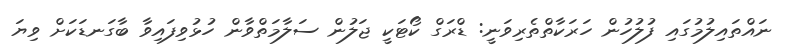
ނައްތައިލުމުގައި ފުލުހުން ހަރަކާތްތެރިވަނީ: ޑްރަގް ކޯޓަކީ ޖަލުން ސަލާމަތްވާން ހުޅުވިފައިވާ ބާގަނޑަކަށް ވިޔަ